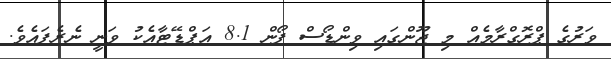
ވަރުގެ ޕްރޮގްރާމެއް މި ޖޫންގައި ވިންޑޯސް ފޯން 8.1 އަޕްޑޭޓާއެކު ވަނީ ނެރެފައެވެ.